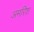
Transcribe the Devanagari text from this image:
अमरिश